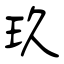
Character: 玖